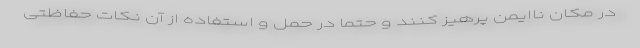
در مکان ناایمن پرهیز کنند و حتما در حمل و استفاده از آن نکات حفاظتی